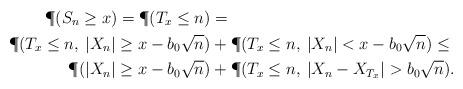
LaTeX: \begin{align*}\P(S_n\geq x)=\P(T_x\leq n)&=\\\P(T_x\leq n,\: |X_n|\geq x-b_0\sqrt{n})&+\P(T_x\leq n, \: |X_n|< x-b_0\sqrt{n})\leq\\\P(|X_n|\geq x-b_0\sqrt{n})&+\P(T_x\leq n, \: |X_n-X_{T_x}|>b_0\sqrt{n}).\end{align*}